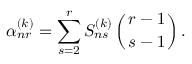
\alpha _ { n r } ^ { ( k ) } = \sum _ { s = 2 } ^ { r } S _ { n s } ^ { ( k ) } \left( r - 1 \atop { s - 1 } \right) .